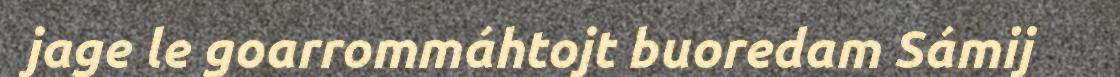
jage le goarrommáhtojt buoredam Sámij